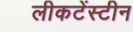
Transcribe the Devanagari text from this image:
लीकटेंस्टीन